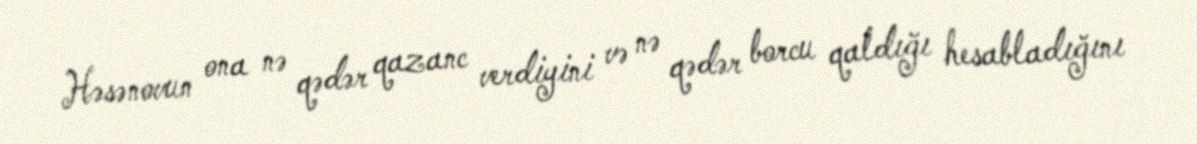
Həsənovun ona nə qədər qazanc verdiyini və nə qədər borcu qaldığı hesabladığını